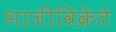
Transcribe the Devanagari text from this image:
भाजीविक्रेते